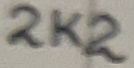
Text: 2K2